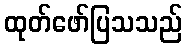
ထုတ်ဖော်ပြသသည်